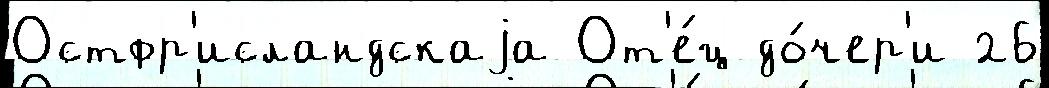
Остфр'исландскаjа От'е́ц до́чер'и 26